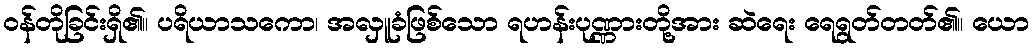
ဝန်တိုခြင်းရှိ၏။ ပရိယာသကော၊ အလှူခံဖြစ်သော ရဟန်းပုဏ္ဏားတို့အား ဆဲရေး ရေရွတ်တတ်၏။ ယော